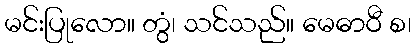
မင်းပြုလော။ တွံ၊ သင်သည်။ မေဓာဝီ စ၊